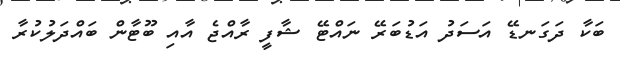
ބަކާ ދަަގަނޑޭ އަސަދު އަޑުބަރޭ ނައްޓޭ ޝާފީ ރާއްޖެ އާއި ބޫޓާން ބައްދަލުކުރާ